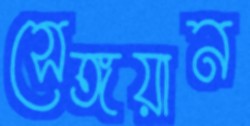
সেঙ্গয়ান